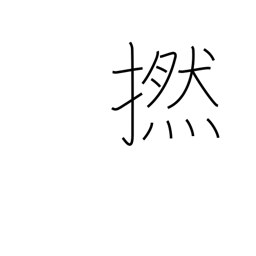
Meaning: twine